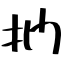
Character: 捫